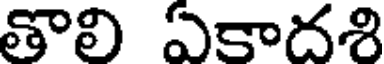
తొలి ఏకాదశి